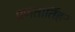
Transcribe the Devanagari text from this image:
प्रणतार्तिहर